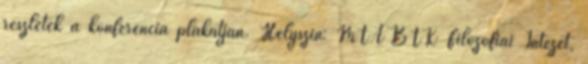
részletek a konferencia plakátján. Helyszín: MTA BTK Filozófiai Intézet,